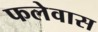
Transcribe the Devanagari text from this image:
फलेवास